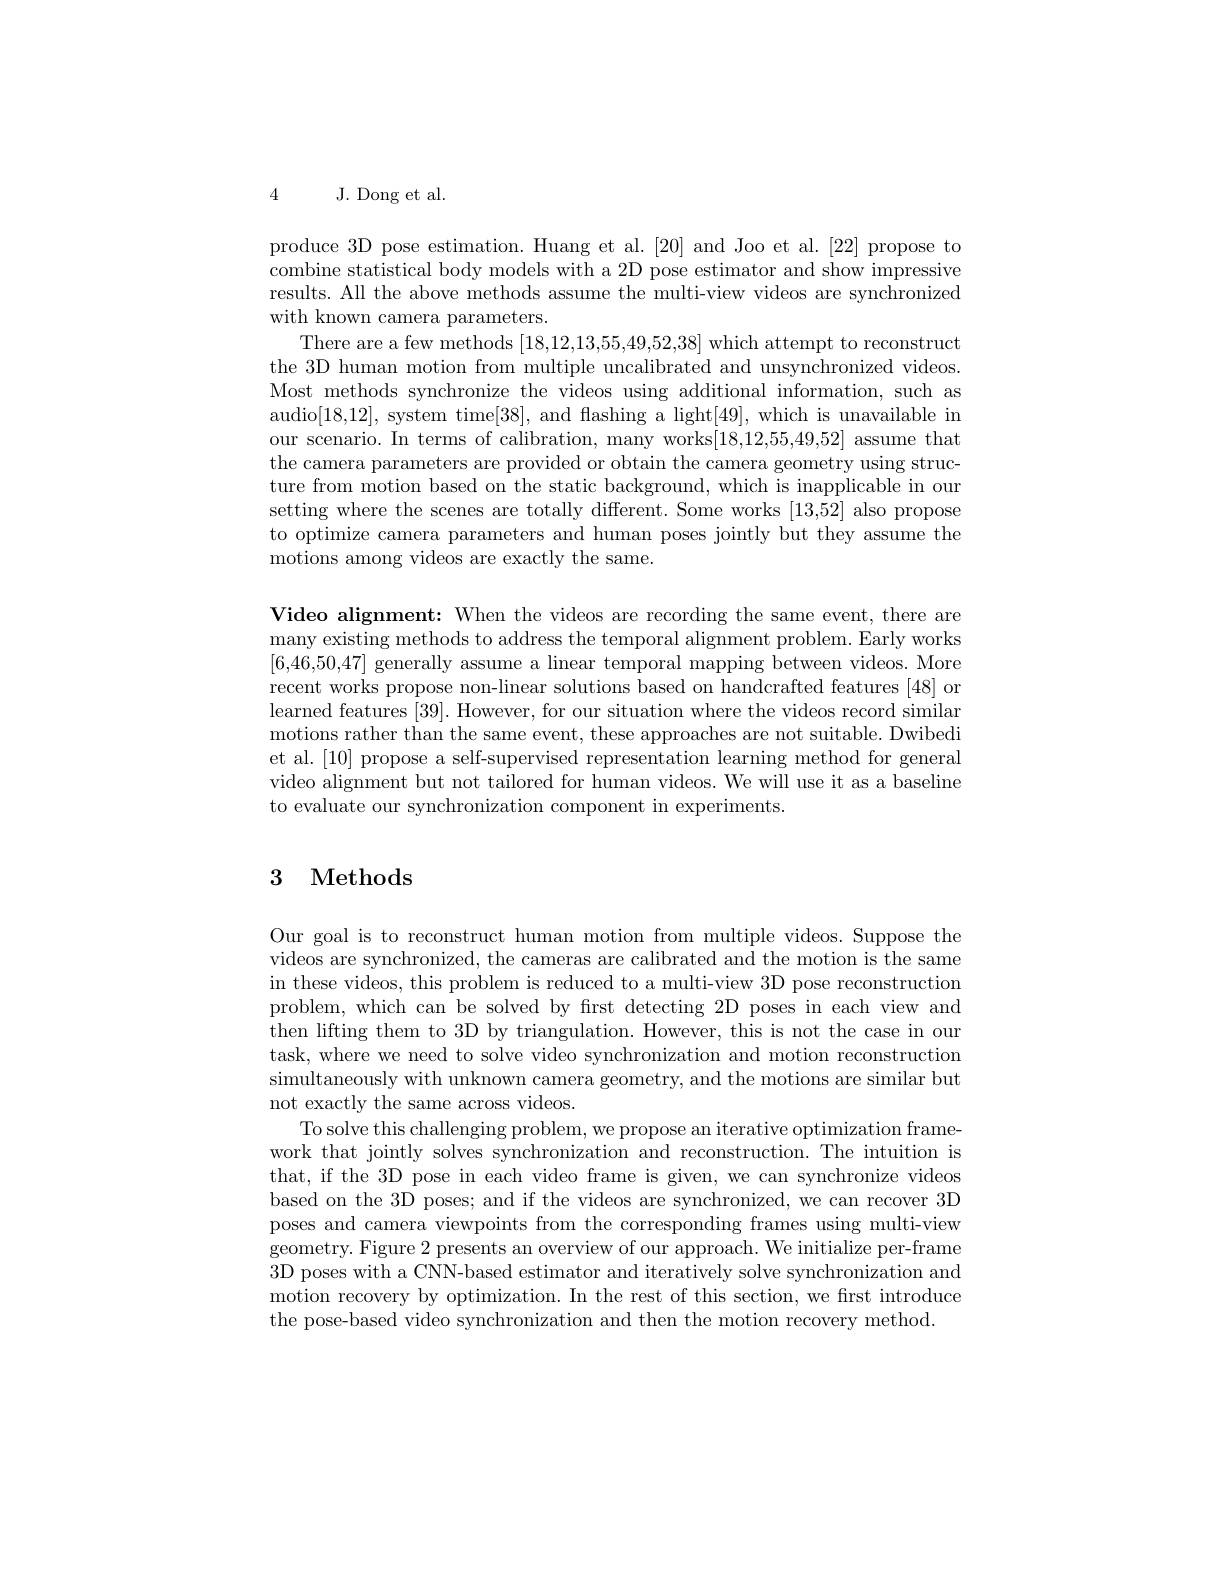
4 J. Dong et al.

produce 3D pose estimation. Huang et al.[20] and Joo et al.[22] propose to combine statistical body models with a 2D pose estimator and show impressive results. All the above methods assume the multi-view videos are synchronized with known camera parameters.
There are a few methods [18,12,13,55,49,52,38] which attempt to reconstruct the 3D human motion from multiple uncalibrated and unsynchronized videos. Most methods synchronize the videos using additional information, such as audio[18,12], system time[38], and flashing a light[49], which is unavailable in our scenario. In terms of calibration, many works[18,12,55,49,52] assume that the camera parameters are provided or obtain the camera geometry using structure from motion based on the static background, which is inapplicable in our setting where the scenes are totally different. Some works [13,52] also propose to optimize camera parameters and human poses jointly but they assume the motions among videos are exactly the same.

Video alignment: When the videos are recording the same event, there are many existing methods to address the temporal alignment problem. Early works [6,46,50,47] generally assume a linear temporal mapping between videos. More recent works propose non-linear solutions based on handcrafted features [48] or learned features [39]. However, for our situation where the videos record similar motions rather than the same event, these approaches are not suitable. Dwibedi et al. [10] propose a self-supervised representation learning method for general video alignment but not tailored for human videos. We will use it as a baseline to evaluate our synchronization component in experiments.

# 3 Methods

Our goal is to reconstruct human motion from multiple videos. Suppose the videos are synchronized, the cameras are calibrated and the motion is the same in these videos, this problem is reduced to a multi-view 3D pose reconstruction problem, which can be solved by first detecting 2D poses in each view and then lifting them to 3D by triangulation. However, this is not the case in our task, where we need to solve video synchronization and motion reconstruction simultaneously with unknown camera geometry, and the motions are similar but not exactly the same across videos.
To solve this challenging problem, we propose an iterative optimization framework that jointly solves synchronization and reconstruction. The intuition is that, if the 3D pose in each video frame is given, we can synchronize videos based on the 3D poses; and if the videos are synchronized, we can recover 3D poses and camera viewpoints from the corresponding frames using multi-view geometry. Figure 2 presents an overview of our approach. We initialize per-frame 3D poses with a CNN-based estimator and iteratively solve synchronization and motion recovery by optimization. In the rest of this section, we first introduce the pose-based video synchronization and then the motion recovery method.